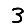
Digit: 3